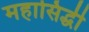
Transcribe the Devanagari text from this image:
महासिद्धी